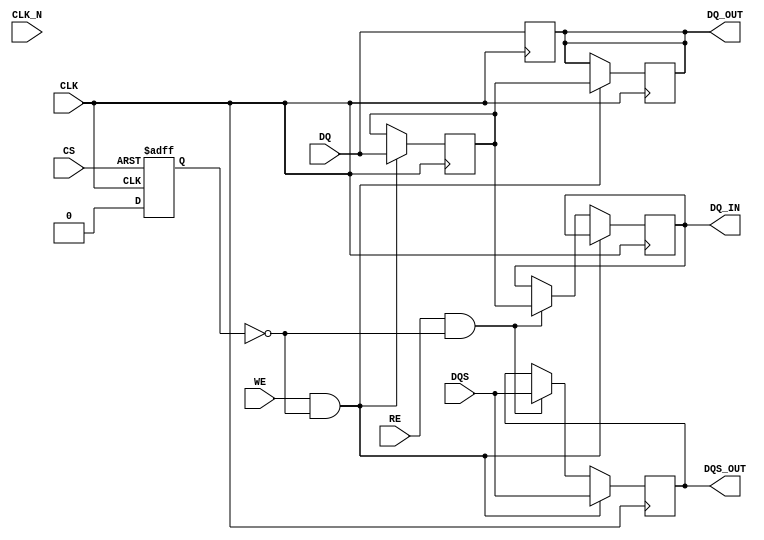
module gddr2_io_block (
    input wire [15:0] DQ,        // Data lines
    input wire CLK,              // Differential clock input
    input wire CLK_N,            // Differential clock inverted input
    input wire CS,               // Chip select
    input wire WE,               // Write enable
    input wire RE,               // Read enable
    input wire DQS,              // Data strobe
    output reg [15:0] DQ_OUT,    // Data output
    output reg DQS_OUT,          // Data strobe output
    output reg [15:0] DQ_IN      // Data input
);

    // Internal signals
    reg [15:0] data_buffer;       // Buffer for data storage
    reg power_down;               // Power management signal
    reg [1:0] drive_strength;     // Drive strength control

    // Power management logic
    always @(posedge CLK or negedge CS) begin
        if (!CS) begin
            power_down <= 1'b1;    // Power down when CS is low
        end else begin
            power_down <= 1'b0;    // Active when CS is high
        end
    end

    // Data handling logic
    always @(posedge CLK) begin
        if (WE && !power_down) begin
            // Write operation
            data_buffer <= DQ;      // Store incoming data
            DQ_OUT <= data_buffer;  // Output the data
            DQS_OUT <= DQS;         // Output data strobe
        end else if (RE && !power_down) begin
            // Read operation
            DQ_IN <= data_buffer;    // Output the buffered data
            DQS_OUT <= DQS;          // Output data strobe
        end
    end

    // Drive strength control (example implementation)
    always @(posedge CLK) begin
        case (drive_strength)
            2'b00: DQ_OUT <= DQ;     // Low drive strength
            2'b01: DQ_OUT <= DQ;     // Medium drive strength
            2'b10: DQ_OUT <= DQ;     // High drive strength
            default: DQ_OUT <= DQ;   // Default case
        endcase
    end

    // Error detection logic (simple parity check for demonstration)
    wire parity_error;
    assign parity_error = ^data_buffer; // Simple parity check

    // Test and diagnostics (example)
    always @(posedge CLK) begin
        if (parity_error) begin
            // Handle error condition (e.g., set an error flag)
            // This is a placeholder for actual error handling
        end
    end

endmodule